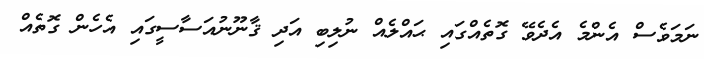
ނަމަވެސް އެންމެ އެދެވޭ ގޮތެއްގައި ޙައްލެއް ނުލިބި އަދި ޤާނޫނުއަސާސީގައި އެހެން ގޮތެއް